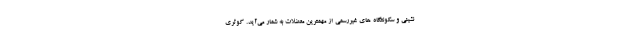
نشینی و سکونتگاه های غیررسمی از مهمترین معضلات به شمار می‌آید. کوثری